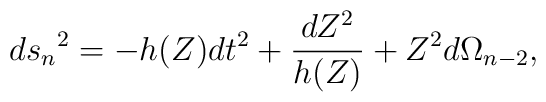
{ds_n}^2 = -h(Z)dt^2 + \frac{dZ^2}{h(Z)} + Z^2 d\Omega_{n-2},